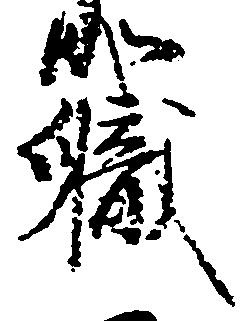
職